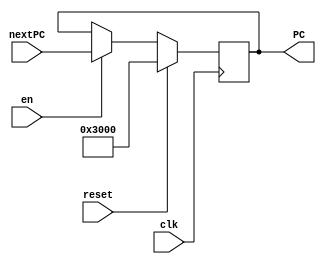
`timescale 1ns / 1ps

module IFU
	(
		input clk,
		input reset,
		input en,
		input [31:0] nextPC,
		output reg [31:0] PC
	);
	
	initial begin
		PC <= 32'h0000_3000;
	end
	
	always @(posedge clk) begin
		if(reset)
			PC <= 32'h0000_3000;
		else if(en)
			PC <= nextPC;
	end
	
endmodule